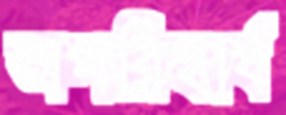
অপরিহার্য